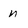
Character: n